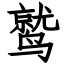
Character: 鹫